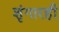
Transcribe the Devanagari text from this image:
शृंगारही